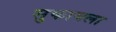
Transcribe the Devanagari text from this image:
सुकायला